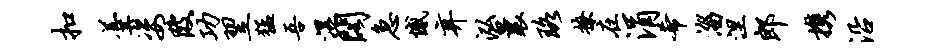
扣羹姿陂功翌猛吾湿阁急憾弃泓曩珞撩在涓希淄涅郎携沿